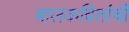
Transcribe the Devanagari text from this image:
बालकवितांची